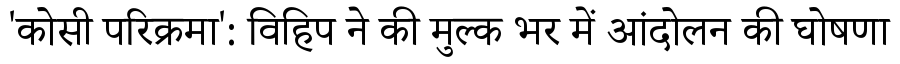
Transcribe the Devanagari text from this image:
'कोसी परिक्रमा': विहिप ने की मुल्क भर में आंदोलन की घोषणा